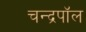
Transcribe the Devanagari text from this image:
चन्द्रपॉल